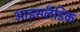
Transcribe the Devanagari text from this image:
आइसलॅंडिक